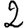
Digit: 2